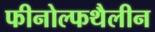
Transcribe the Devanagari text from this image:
फीनोल्फथैलीन